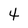
Character: 4